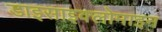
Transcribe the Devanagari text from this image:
डाइसाइक्लोमाइन